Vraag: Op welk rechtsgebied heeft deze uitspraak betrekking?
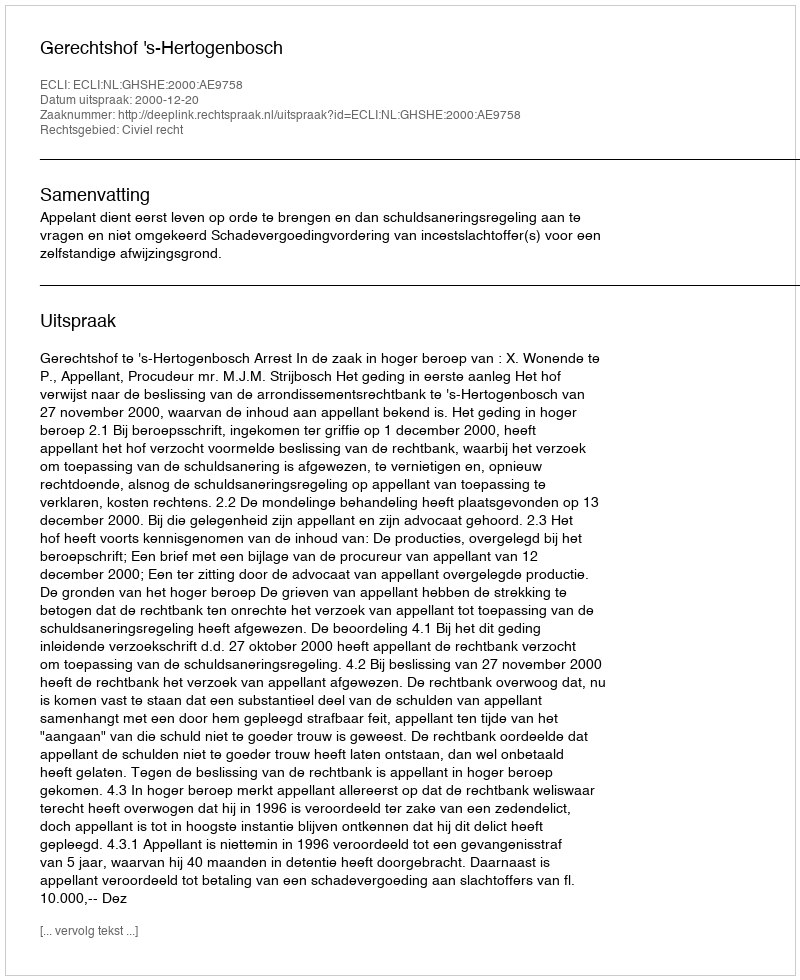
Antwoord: Civiel recht